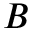
B